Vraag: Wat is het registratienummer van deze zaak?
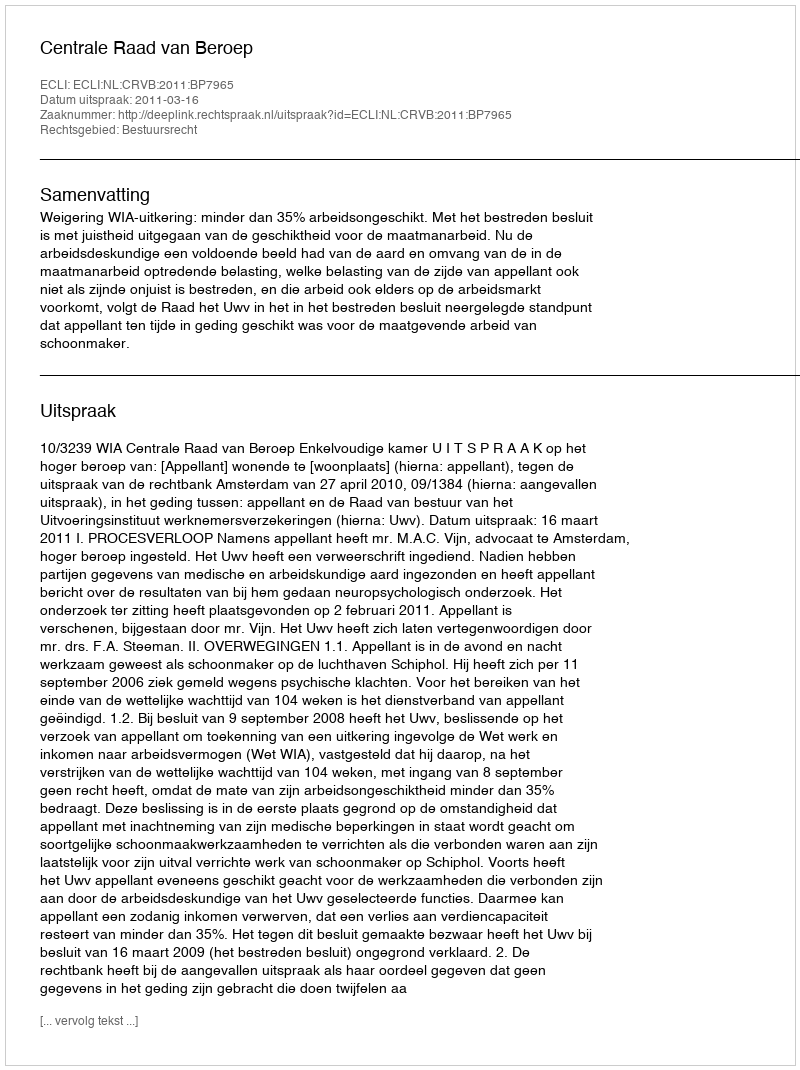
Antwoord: http://deeplink.rechtspraak.nl/uitspraak?id=ECLI:NL:CRVB:2011:BP7965